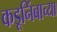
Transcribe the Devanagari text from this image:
कडूनिंबाच्या